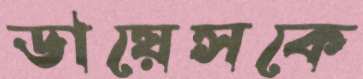
ডায়েসকে